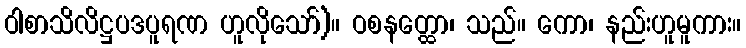
ဝါစာသိလိဋ္ဌပဒပူရဏ ဟူလိုသော်)။ ဝစနတ္ထော၊ သည်။ ကော၊ နည်းဟူမူကား။